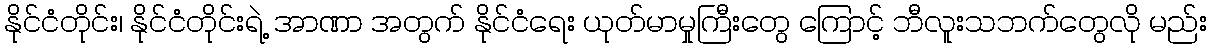
နိုင်ငံတိုင်း၊ နိုင်ငံတိုင်းရဲ့ အာဏာ အတွက် နိုင်ငံရေး ယုတ်မာမှုကြီးတွေ ကြောင့် ဘီလူးသဘက်တွေလို မည်း